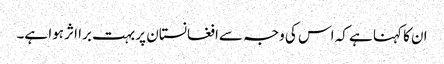
ان کا کہنا ہے کہ اس کی وجہ سےافغانستان پر بہت برا اثر ہوا ہے۔